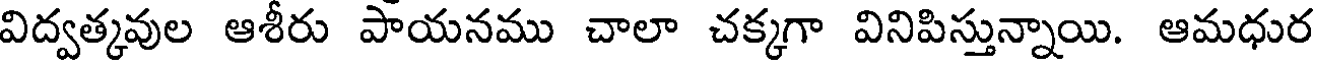
విద్వత్కవుల ఆశీరు పాయనము చాలా చక్కగా వినిపిస్తున్నాయి. ఆమధుర